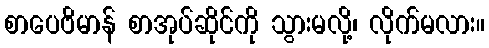
စာပေဗိမာန် စာအုပ်ဆိုင်ကို သွားမလို့၊ လိုက်မလား။